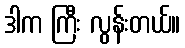
ဒါက ကြီး လွန်းတယ်။